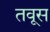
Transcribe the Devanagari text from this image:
तवूस